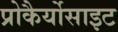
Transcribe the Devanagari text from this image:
प्रोकैर्योसाइट